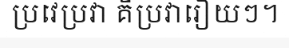
ប្រវេប្រវា គឺប្រវារឿយៗ។